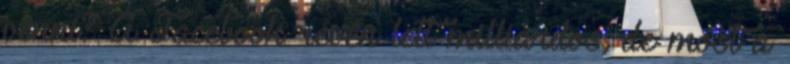
venni? A Facebook révén lett milliárdos, de most a